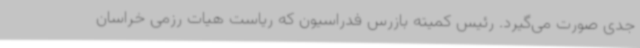
جدی صورت می‌گیرد. رئیس کمیته بازرس فدراسیون که ریاست هیات رزمی خراسان